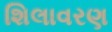
શિલાવરણ